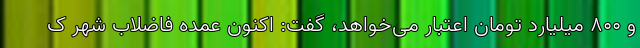
و ۸۰۰ میلیارد تومان اعتبار می‌خواهد، گفت: اکنون عمده فاضلاب شهر ک